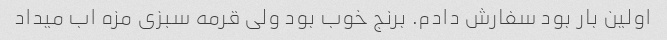
اولین بار بود سفارش دادم. برنج خوب بود ولی قرمه سبزی مزه اب میداد